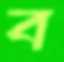
ব